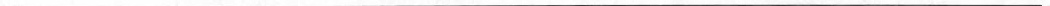
___